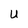
Character: U